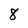
Character: 8